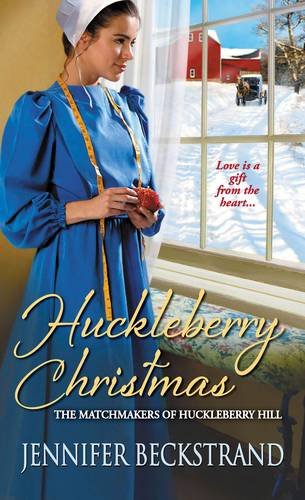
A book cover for Huckleberry Christmas (The Matchmakers of Huckleberry Hill); Jennifer Beckstrand; Romance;